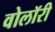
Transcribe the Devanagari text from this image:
वोलॉरी